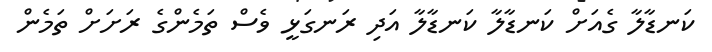
ކަނޑާލާ ގެއަށް ކަނޑާލާ ކަނޑާލާ އަދި ރަނގަޅީ ވެސް ތަމެންގެ ރަށަށް ތަމެން